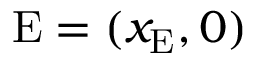
\mathrm { E } = ( x _ { \mathrm { E } } , 0 )